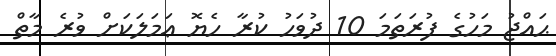
ޙައްޖު މަހުގެ ފުރަތަމަ 10 ދުވަހު ކުރާ ހެޔޮ ޢަމަލަކަށް ވުރެ މާތް